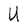
Character: U